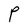
Character: P